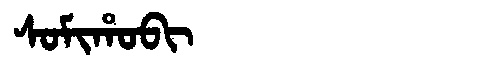
Manchu: ᠰᠣᠮᡳᡥᠣᠪᡳ
Romanization: SOMIHOBI